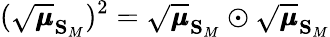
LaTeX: (\sqrt{\pmb{\mu}}_{\mathbf{S}_{M}})^{2}=\sqrt{\pmb{\mu}}_{\mathbf{S}_{M}}\odot\sqrt{\pmb{\mu}}_{\mathbf{S}_{M}}